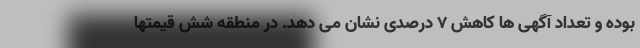
بوده و تعداد آگهی ها کاهش ۷ درصدی نشان می دهد. در منطقه شش قیمتها